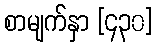
စာမျက်နှာ [၄၃၀]